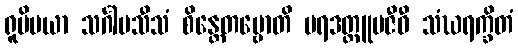
ရူပိမယာ သင်္ဂါမသီသံ စိန္တေတဗ္ဗောတိ ပရဒတ္တူပဇီဝီ သံဃရက္ခိတံ